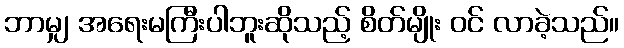
ဘာမျှ အရေးမကြီးပါဘူးဆိုသည့် စိတ်မျိုး ဝင် လာခဲ့သည်။